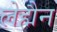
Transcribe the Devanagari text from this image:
लेह्मैन